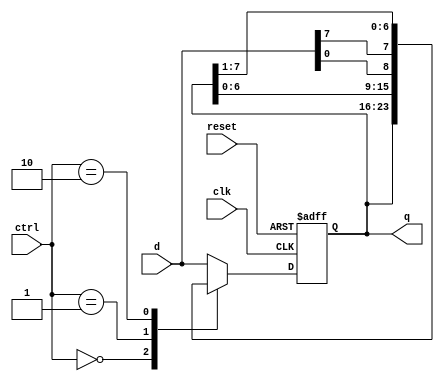
`timescale 1ns / 1ps
//////////////////////////////////////////////////////////////////////////////////
// Company: 
// Engineer: 
// 
// Design Name: 
// Module Name: univ_shift_reg
// Project Name: 
// Target Devices: 
// Tool Versions: 
// Description: 
// 
// Dependencies: 
// 
// Revision:
// Revision 0.01 - File Created
// Additional Comments:
// 
//////////////////////////////////////////////////////////////////////////////////


module univ_shift_reg
	#(parameter N = 8)
	(
input clk, reset,
input  [1:0] ctrl,
input  [N-1:0] d,
output [N-1:0] q
);
//
reg [N-1:0] r_reg, r_next;
//
always @(posedge clk, posedge reset)
	if (reset)
		r_reg <= 0;
	else
		r_reg <= r_next;
//next-state logic
always @*
	case (ctrl)
		2'b00: r_next = r_reg;                          //
		2'b01: r_next = {r_reg[N-2:0], d[0]};             //
		2'b10: r_next = {d[N-1], r_reg[N-1:1]};			//
		default: r_next = d;						     //
	endcase
//
assign q = r_reg;
endmodule